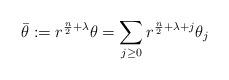
LaTeX: \begin{align*} \bar{\theta}:=r^{\frac n2+\lambda}\theta=\sum_{j\geq 0} r^{\frac n2+\lambda+j}\theta_j \end{align*}